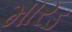
મારડ